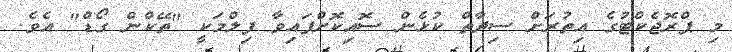
މި ޕްރޮޖެކްޓުގެ އިތުރަށް ސިދާތް ކުޅެން ސޮއިކޮށްފައިވާ ފިލްމަކީ "ތޭކްން ގޯޑް" އެވެ.